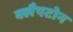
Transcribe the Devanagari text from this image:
क्लैपटोन